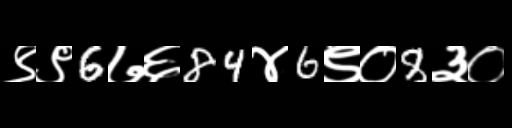
Text: ९९6७६84४6९०8३०